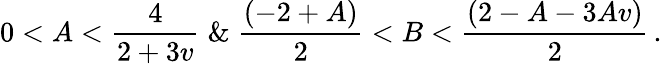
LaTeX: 0<A<\frac{4}{2+3v}\; \& \; \frac{(-2+A)}{2}<B<\frac{(2-A-3Av)}{2}\, .